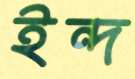
ইন্দ